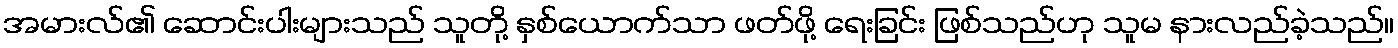
အမားလ်၏ ဆောင်းပါးများသည် သူတို့ နှစ်ယောက်သာ ဖတ်ဖို့ ရေးခြင်း ဖြစ်သည်ဟု သူမ နားလည်ခဲ့သည်။